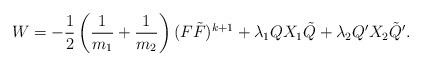
LaTeX: \begin{align*}W=-\frac{1}{2} \left ( \frac{1}{m_1} + \frac{1} {m_2} \right )( F \tilde{F})^{k+1}+\lambda_1 Q X_1 \tilde{Q} + \lambda_2 Q' X_2 \tilde{Q}'.\end{align*}